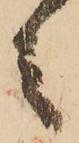
之